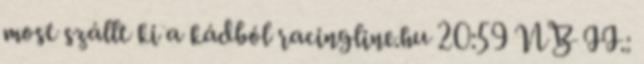
most szállt ki a kádból racingline.hu 20:59 NB II.: